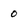
Character: 0